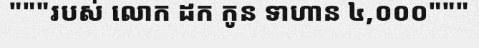
"""របស់ លោក ដក កូន ទាហាន ៤,០០០"""